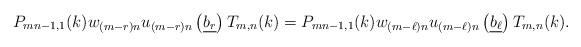
LaTeX: \begin{align*}P_{mn-1,1}(k)w_{(m-r)n}u_{(m-r)n}\left(\underline{b_r}\right)T_{m,n}(k) = P_{mn-1,1}(k)w_{(m-\ell)n}u_{(m-\ell)n}\left(\underline{b_\ell}\right)T_{m,n}(k).\end{align*}